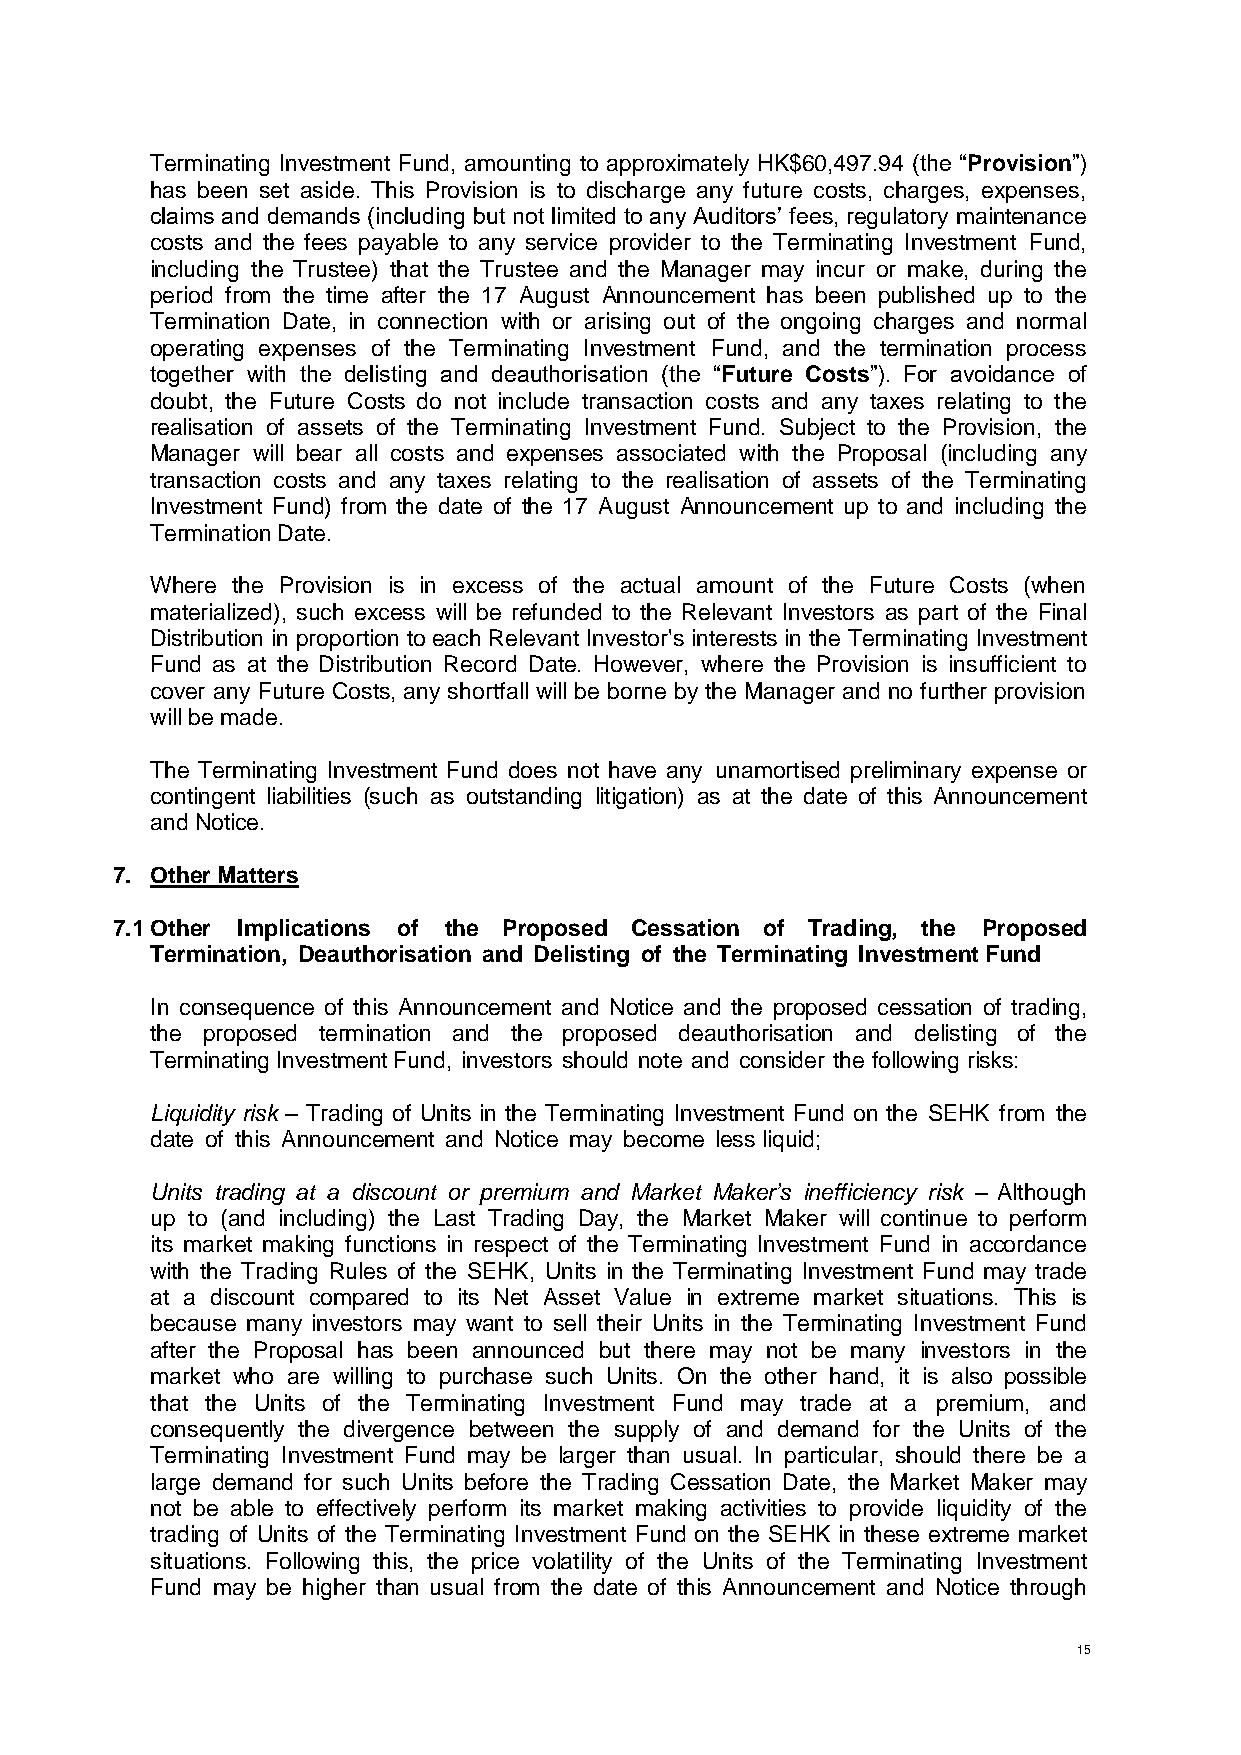
Terminating Investment Fund, amounting to approximately HK$60,497.94 (the “Provision”)
 has been set aside. This Provision is to discharge any future costs, charges, expenses,
 claims and demands (including but not limited to any Auditors’ fees, regulatory maintenance
 costs and the fees payable to any service provider to the Terminating Investment Fund,
 including the Trustee) that the Trustee and the Manager may incur or make, during the
 period from the time after the 17 August Announcement has been published up to the
 Termination Date, in connection with or arising out of the ongoing charges and normal
 operating expenses of the Terminating Investment Fund, and the termination process
 together with the delisting and deauthorisation (the “Future Costs”). For avoidance of
 doubt, the Future Costs do not include transaction costs and any taxes relating to the
 realisation of assets of the Terminating Investment Fund. Subject to the Provision, the
 Manager will bear all costs and expenses associated with the Proposal (including any
 transaction costs and any taxes relating to the realisation of assets of the Terminating
 Investment Fund) from the date of the 17 August Announcement up to and including the
 Termination Date.
 Where the Provision is in excess of the actual amount of the Future Costs (when
 materialized), such excess will be refunded to the Relevant Investors as part of the Final
 Distribution in proportion to each Relevant Investor's interests in the Terminating Investment
 Fund as at the Distribution Record Date. However, where the Provision is insufficient to
 cover any Future Costs, any shortfall will be borne by the Manager and no further provision
 will be made.
 The Terminating Investment Fund does not have any unamortised preliminary expense or
 contingent liabilities (such as outstanding litigation) as at the date of this Announcement
 and Notice.
 7. Other Matters
 7.1 Other Implications of the Proposed Cessation of Trading, the Proposed
 Termination, Deauthorisation and Delisting of the Terminating Investment Fund
 In consequence of this Announcement and Notice and the proposed cessation of trading,
 the proposed termination and the proposed deauthorisation and delisting of the
 Terminating Investment Fund, investors should note and consider the following risks:
 Liquidity risk – Trading of Units in the Terminating Investment Fund on the SEHK from the
 date of this Announcement and Notice may become less liquid;
 Units trading at a discount or premium and Market Maker’s inefficiency risk – Although
 up to (and including) the Last Trading Day, the Market Maker will continue to perform
 its market making functions in respect of the Terminating Investment Fund in accordance
 with the Trading Rules of the SEHK, Units in the Terminating Investment Fund may trade
 at a discount compared to its Net Asset Value in extreme market situations. This is
 because many investors may want to sell their Units in the Terminating Investment Fund
 after the Proposal has been announced but there may not be many investors in the
 market who are willing to purchase such Units. On the other hand, it is also possible
 that the Units of the Terminating Investment Fund may trade at a premium, and
 consequently the divergence between the supply of and demand for the Units of the
 Terminating Investment Fund may be larger than usual. In particular, should there be a
 large demand for such Units before the Trading Cessation Date, the Market Maker may
 not be able to effectively perform its market making activities to provide liquidity of the
 trading of Units of the Terminating Investment Fund on the SEHK in these extreme market
 situations. Following this, the price volatility of the Units of the Terminating Investment
 Fund may be higher than usual from the date of this Announcement and Notice through
 15